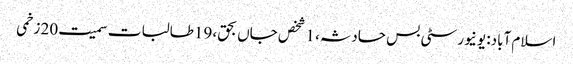
اسلام آباد: یونیورسٹی بس حادثہ، 1 شخص جاں بحق، 19طالبات سمیت20 زخمی